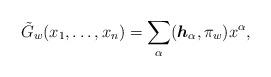
LaTeX: \begin{align*}\tilde{G}_{w}(x_{1},\ldots ,x_{n})=\sum_{\alpha }(\boldsymbol{h}_{\alpha},\pi _{w})x^{\alpha },\end{align*}